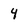
Character: 4